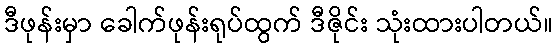
ဒီဖုန်းမှာ ခေါက်ဖုန်းရုပ်ထွက် ဒီဇိုင်း သုံးထားပါတယ်။